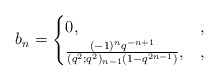
\begin{align*} b_n = \begin{cases}0, &,\\\frac{(-1)^nq^{-n+1}}{(q^2;q^2)_{n-1}(1-q^{2n-1})}, &,\end{cases}\end{align*}